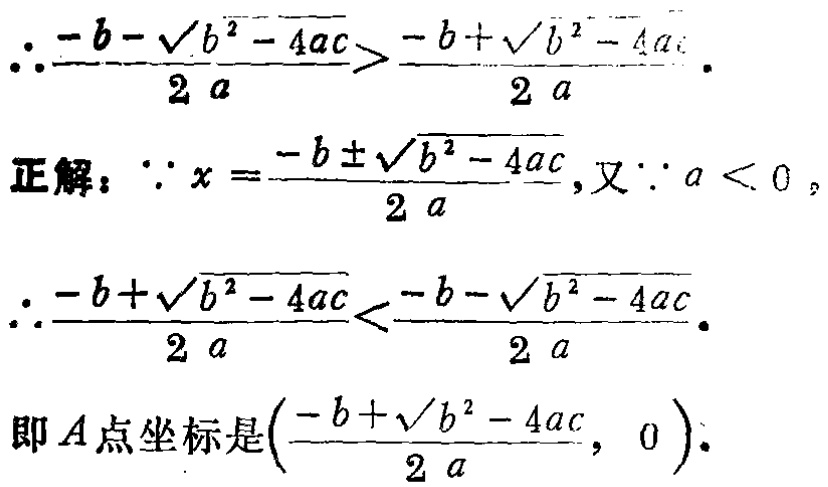
\[\therefore\frac{-b - \sqrt{b^{2}-4ac}}{2a}>\frac{-b + \sqrt{b^{2}-4ac}}{2a}.\]
正解：\(\because x=\frac{-b\pm\sqrt{b^{2}-4ac}}{2a}\), 又\(\because a < 0\),
\[\therefore\frac{-b + \sqrt{b^{2}-4ac}}{2a}<\frac{-b - \sqrt{b^{2}-4ac}}{2a}.\]
即\(A\)点坐标是\((\frac{-b + \sqrt{b^{2}-4ac}}{2a},0)\).